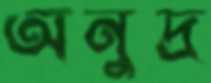
অনুদ্র